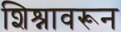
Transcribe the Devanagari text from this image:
शिश्नावरून